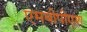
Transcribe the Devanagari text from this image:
एमबीपीएश